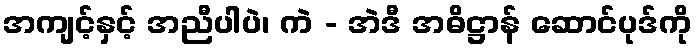
အကျင့်နှင့် အညီပါပဲ၊ ကဲ - အဲဒီ အဓိဋ္ဌာန် ဆောင်ပုဒ်ကို